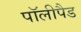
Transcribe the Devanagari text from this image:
पॉलीपैड